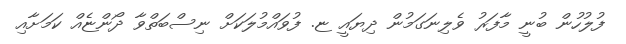
ފުލުހުން ބުނީ މާފަރު ވެލިނަގަމުން ދިޔައީ ޏ. ފުވައްމުލަކަށް ނިސްބަތްވާ ދޯންޏެއް ކަމަށާއި